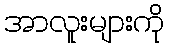
အာလူးများကို